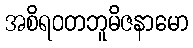
အစိရဝတဘူမိဇနာမော